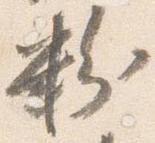
粉